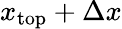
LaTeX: x_{\mathrm{{top}}}+\Delta x